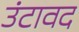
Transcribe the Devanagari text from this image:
उंटावद